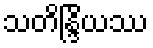
သတိန္ဒြိယဿ